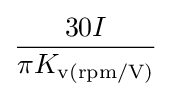
{\frac {30I}{\pi K_{\text{v(rpm/V)}}}}